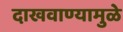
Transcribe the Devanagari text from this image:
दाखवाण्यामुळे